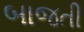
બાજતી